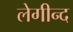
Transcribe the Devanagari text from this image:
लेगीन्द